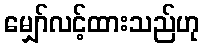
မျှော်လင့်ထားသည်ဟု